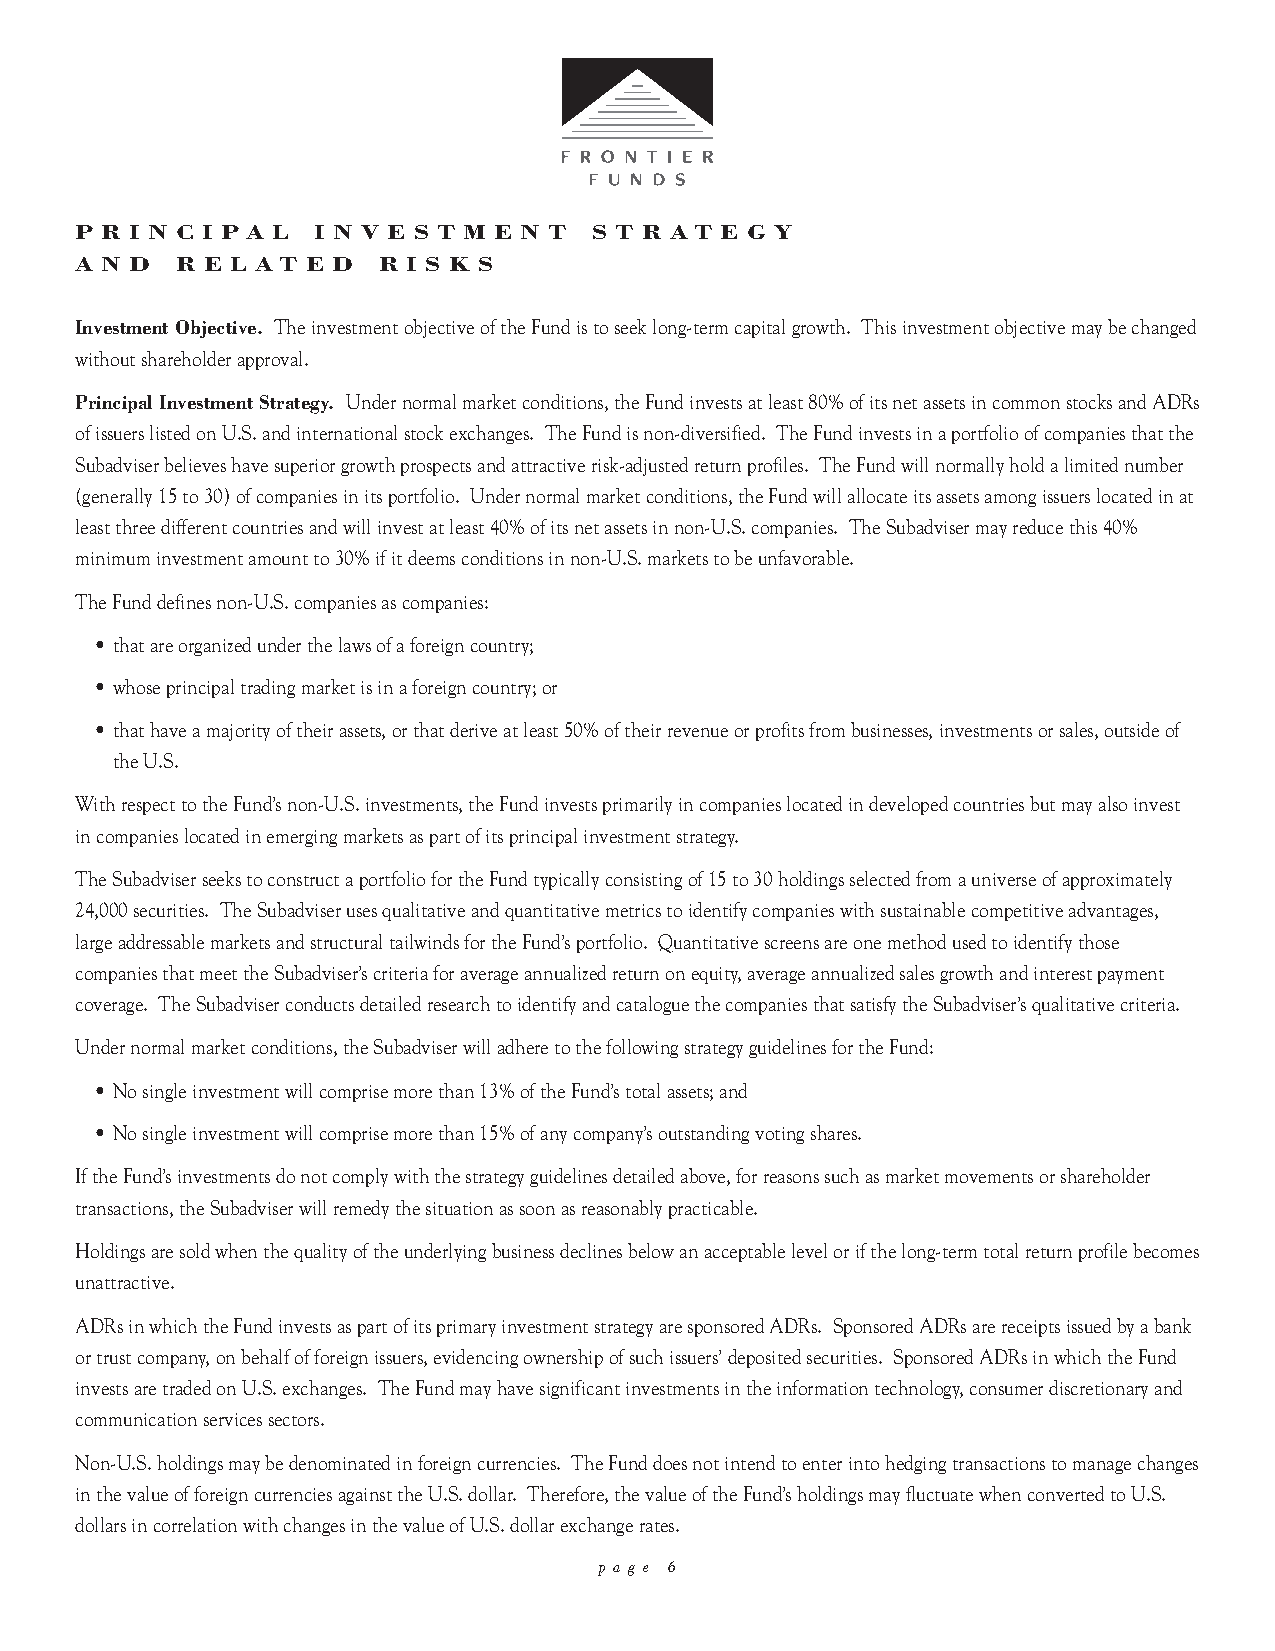
P R I N C I P A L I N V E S T M E N T S T R A T E G Y
 A N D  R E L A T E D R I S K S
 Investment Objective. The investment objective of the Fund is to seek long-term capital growth. This investment objective may be changed
 without shareholder approval.
 Principal Investment Strategy. Under normal market conditions, the Fund invests at least 80% of its net assets in common stocks and ADRs
 of issuers listed on U.S. and international stock exchanges. The Fund is non-diversified. The Fund invests in a portfolio of companies that the
 Subadviser believes have superior growth prospects and attractive risk-adjusted return profiles. The Fund will normally hold a limited number
 (generally 15 to 30) of companies in its portfolio. Under normal market conditions, the Fund will allocate its assets among issuers located in at
 least three different countries and will invest at least 40% of its net assets in non-U.S. companies. The Subadviser may reduce this 40%
 minimum investment amount to 30% if it deems conditions in non-U.S. markets to be unfavorable.
 The Fund defines non-U.S. companies as companies:
 • that are organized under the laws of a foreign country;
 • whose principal trading market is in a foreign country; or
 • that have a majority of their assets, or that derive at least 50% of their revenue or profits from businesses, investments or sales, outside of
 the U.S.
 With respect to the Fund’s non-U.S. investments, the Fund invests primarily in companies located in developed countries but may also invest
 in companies located in emerging markets as part of its principal investment strategy.
 The Subadviser seeks to construct a portfolio for the Fund typically consisting of 15 to 30 holdings selected from a universe of approximately
 24,000 securities. The Subadviser uses qualitative and quantitative metrics to identify companies with sustainable competitive advantages,
 large addressable markets and structural tailwinds for the Fund’s portfolio. Quantitative screens are one method used to identify those
 companies that meet the Subadviser’s criteria for average annualized return on equity, average annualized sales growth and interest payment
 coverage. The Subadviser conducts detailed research to identify and catalogue the companies that satisfy the Subadviser’s qualitative criteria.
 Under normal market conditions, the Subadviser will adhere to the following strategy guidelines for the Fund:
 • No single investment will comprise more than 13% of the Fund’s total assets; and
 • No single investment will comprise more than 15% of any company’s outstanding voting shares.
 If the Fund’s investments do not comply with the strategy guidelines detailed above, for reasons such as market movements or shareholder
 transactions, the Subadviser will remedy the situation as soon as reasonably practicable.
 Holdings are sold when the quality of the underlying business declines below an acceptable level or if the long-term total return profile becomes
 unattractive.
 ADRs in which the Fund invests as part of its primary investment strategy are sponsored ADRs. Sponsored ADRs are receipts issued by a bank
 or trust company, on behalf of foreign issuers, evidencing ownership of such issuers’ deposited securities. Sponsored ADRs in which the Fund
 invests are traded on U.S. exchanges. The Fund may have significant investments in the information technology, consumer discretionary and
 communication services sectors.
 Non-U.S. holdings may be denominated in foreign currencies. The Fund does not intend to enter into hedging transactions to manage changes
 in the value of foreign currencies against the U.S. dollar. Therefore, the value of the Fund’s holdings may fluctuate when converted to U.S.
 dollars in correlation with changes in the value of U.S. dollar exchange rates.
 p a g e 6